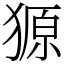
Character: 獂